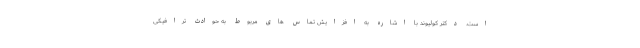
است. دکتر کولیوند با اشاره به افزایش تماس های مربوط به حوادث ترافیکی